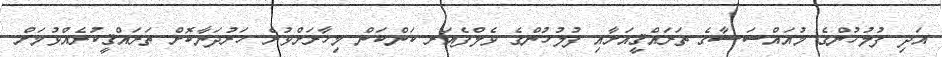
އަދި ފުލުހުންގެ މުއައްސަސާގެ ތަރައްޤީއަށާއި ފުލުހުންގެ ވެލްފެއަރ ކަންކަން މިހާރަށްވުރެ ހަރުދަނާކޮށް ތަރައްޤީކުރެއްވުމަށް